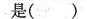
是（ ）